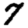
Digit: 7